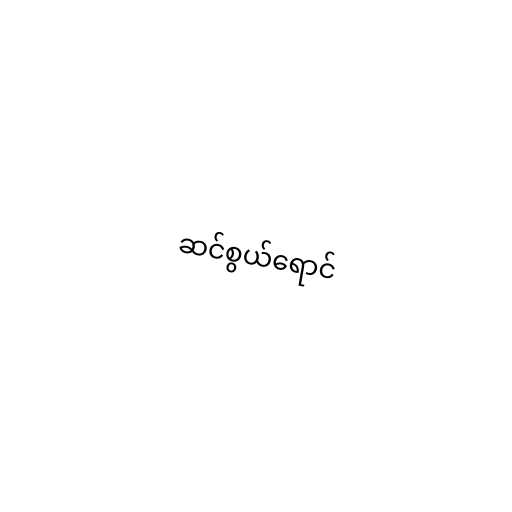
ဆင်စွယ်ရောင်